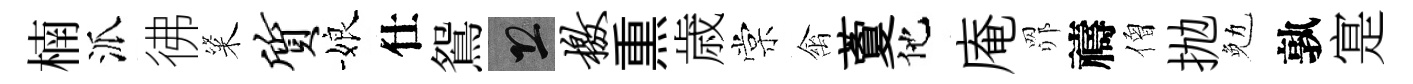
楠派彿粢质娘仕鴛恐檄𤋱歳棠禽藑他庵𦊑禱僧抛勉孰寔